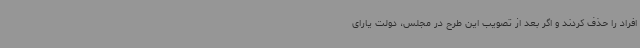
افراد را حذف کردند و اگر بعد از تصویب این طرح در مجلس، دولت یارای